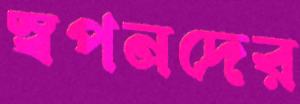
স্বপনদের